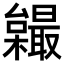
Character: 𣠏